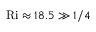
\mathrm { R i } \approx 1 8 . 5 \gg 1 / 4